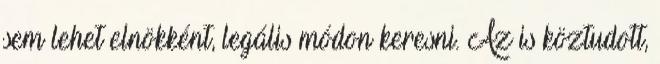
sem lehet elnökként, legális módon keresni. Az is köztudott,